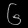
Digit: ၆